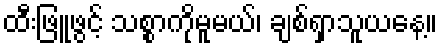
ထီးဖြူဖွင့် သစ္စာကိုမူမယ်၊ ချစ်ရှာသူယနေ့။